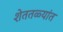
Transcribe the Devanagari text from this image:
शेततळ्यांत